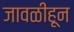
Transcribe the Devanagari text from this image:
जावळीहून